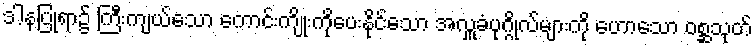
ဒါနပြုရာ၌ ကြီးကျယ်သော ကောင်းကျိုးကိုပေးနိုင်သော အလှူခံပုဂ္ဂိုလ်များကို ဟောသော ဝစ္ဆသုတ်